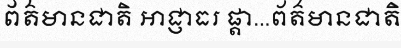
ព័ត៌មានជាតិ អាជ្ញាធរ ផ្តា...ព័ត៌មានជាតិ